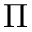
\Pi